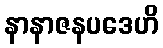
နာနာဇနပဒေဟိ